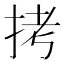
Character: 拷